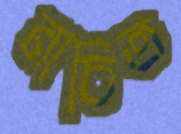
নাচিত